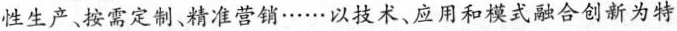
性生产按需定制、精准营销……以技术、应用和模式融合创新为特